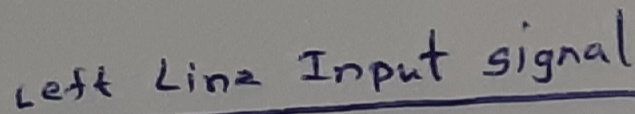
Text: Left line-Input signal